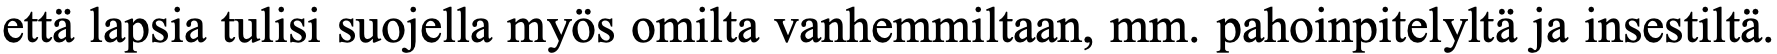
että lapsia tulisi suojella myös omilta vanhemmiltaan, mm. pahoinpitelyltä ja insestiltä.